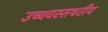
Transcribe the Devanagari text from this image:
उच्चवस्तथरीय